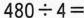
$$4 8 0 \div 4 =$$